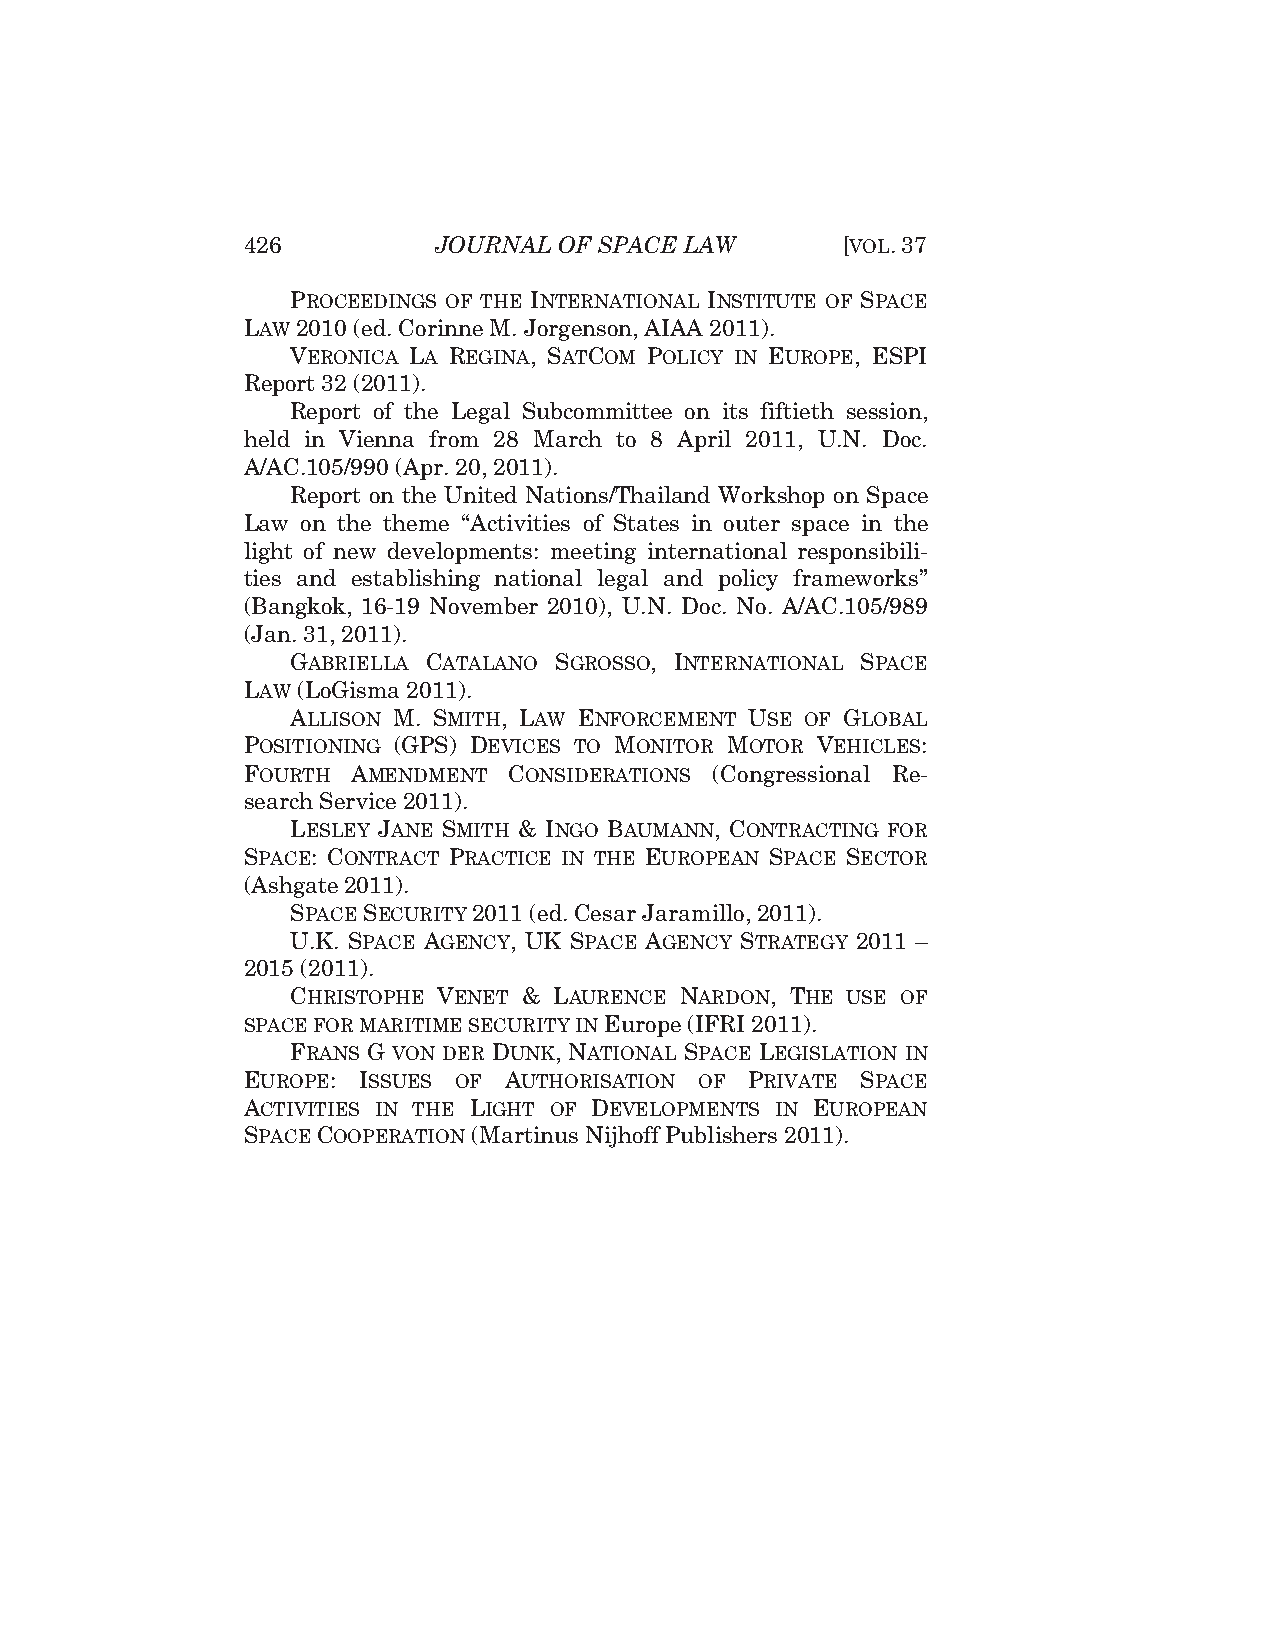
426          JOURNAL OF SPACE LAW       [VOL.37
 PROCEEDINGS OF THE INTERNATIONAL INSTITUTE OF SPACE
 LAW 2010 (ed. Corinne M. Jorgenson, AIAA 2011).
 VERONICA LA REGINA, SATCOM POLICY IN EUROPE, ESPI
 Report 32 (2011).
 Report of the Legal Subcommittee on its fiftieth session,
 held in Vienna from 28 March to 8 April 2011, U.N. Doc.
 A/AC.105/990 (Apr. 20, 2011).
 Report on the United Nations/Thailand Workshop on Space
 Law on the theme “Activities of States in outer space in the
 light of new developments: meeting international responsibili-
 ties and establishing national legal and policy frameworks”
 (Bangkok, 16-19 November 2010), U.N. Doc. No. A/AC.105/989
 (Jan. 31, 2011).
 GABRIELLA CATALANO SGROSSO, INTERNATIONAL SPACE
 LAW (LoGisma 2011).
 ALLISON M. SMITH, LAW ENFORCEMENT USE OF GLOBAL
 POSITIONING (GPS) DEVICES TO MONITOR MOTOR VEHICLES:
 FOURTH AMENDMENT  CONSIDERATIONS (Congressional Re-
 search Service 2011).
 LESLEY JANE SMITH & INGO BAUMANN, CONTRACTING FOR
 SPACE: CONTRACT PRACTICE IN THE EUROPEAN SPACE SECTOR
 (Ashgate 2011).
 SPACESECURITY 2011 (ed. Cesar Jaramillo, 2011).
 U.K. SPACE AGENCY, UK SPACE AGENCY STRATEGY 2011 –
 2015 (2011).
 CHRISTOPHE VENET & LAURENCE NARDON, THE USE OF
 SPACE FOR MARITIME SECURITY IN Europe (IFRI 2011).
 FRANS G VON DER DUNK, NATIONAL SPACE LEGISLATION IN
 EUROPE: ISSUES OF AUTHORISATION OF PRIVATE SPACE
 ACTIVITIES IN THE LIGHT OF DEVELOPMENTS IN EUROPEAN
 SPACECOOPERATION (Martinus Nijhoff Publishers 2011).